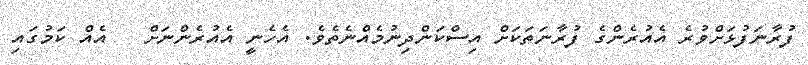
ފުރާނަފުޅަށްވުރެ އެއުރެންގެ ފުރާނަތަކަށް އިސްކަންދިނުމެއްނެތެވެ. އެހެނީ އެއުރެންނަށް   އެއް ކަމުގައި